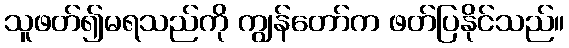
သူဖတ်၍မရသည်ကို ကျွန်တော်က ဖတ်ပြနိုင်သည်။